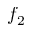
f _ { 2 }